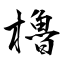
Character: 櫓